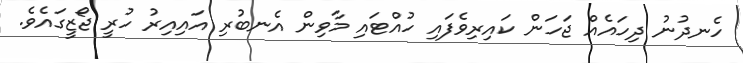
ހެނދުނު ދިހައެއް ޖަހަން ކައިރިވެފައި ހުއްޓައި މާވިން އެނބުރި އައިއިރު ހުރީ ޖޯޒީގައެވެ.